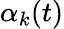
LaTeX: \alpha_{k}(t)